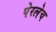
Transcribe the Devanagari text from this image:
पेरलेच